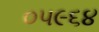
૦૫૯૬૪